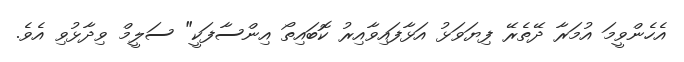
އެހެންވީމަ އުމަރާ ދޭތެރޭ ފިޔަވަޅު އަޅާފައިވާއިރު ކޮބައިތޯ އިންސާފަކީ" ސަލީމް ވިދާޅުވި އެވެ.